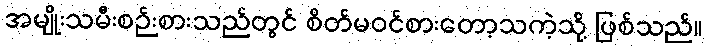
အမျိုးသမီးစဉ်းစားသည်တွင် စိတ်မဝင်စားတော့သကဲ့သို့ ဖြစ်သည်။